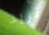
تريد